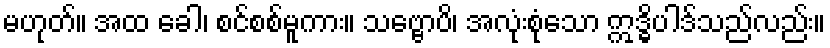
မဟုတ်။ အထ ခေါ၊ စင်စစ်မူကား။ သဗ္ဗောပိ၊ အလုံးစုံသော ဣဒ္ဓိပါဒ်သည်လည်း။